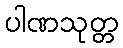
ပါဏသုတ္တ